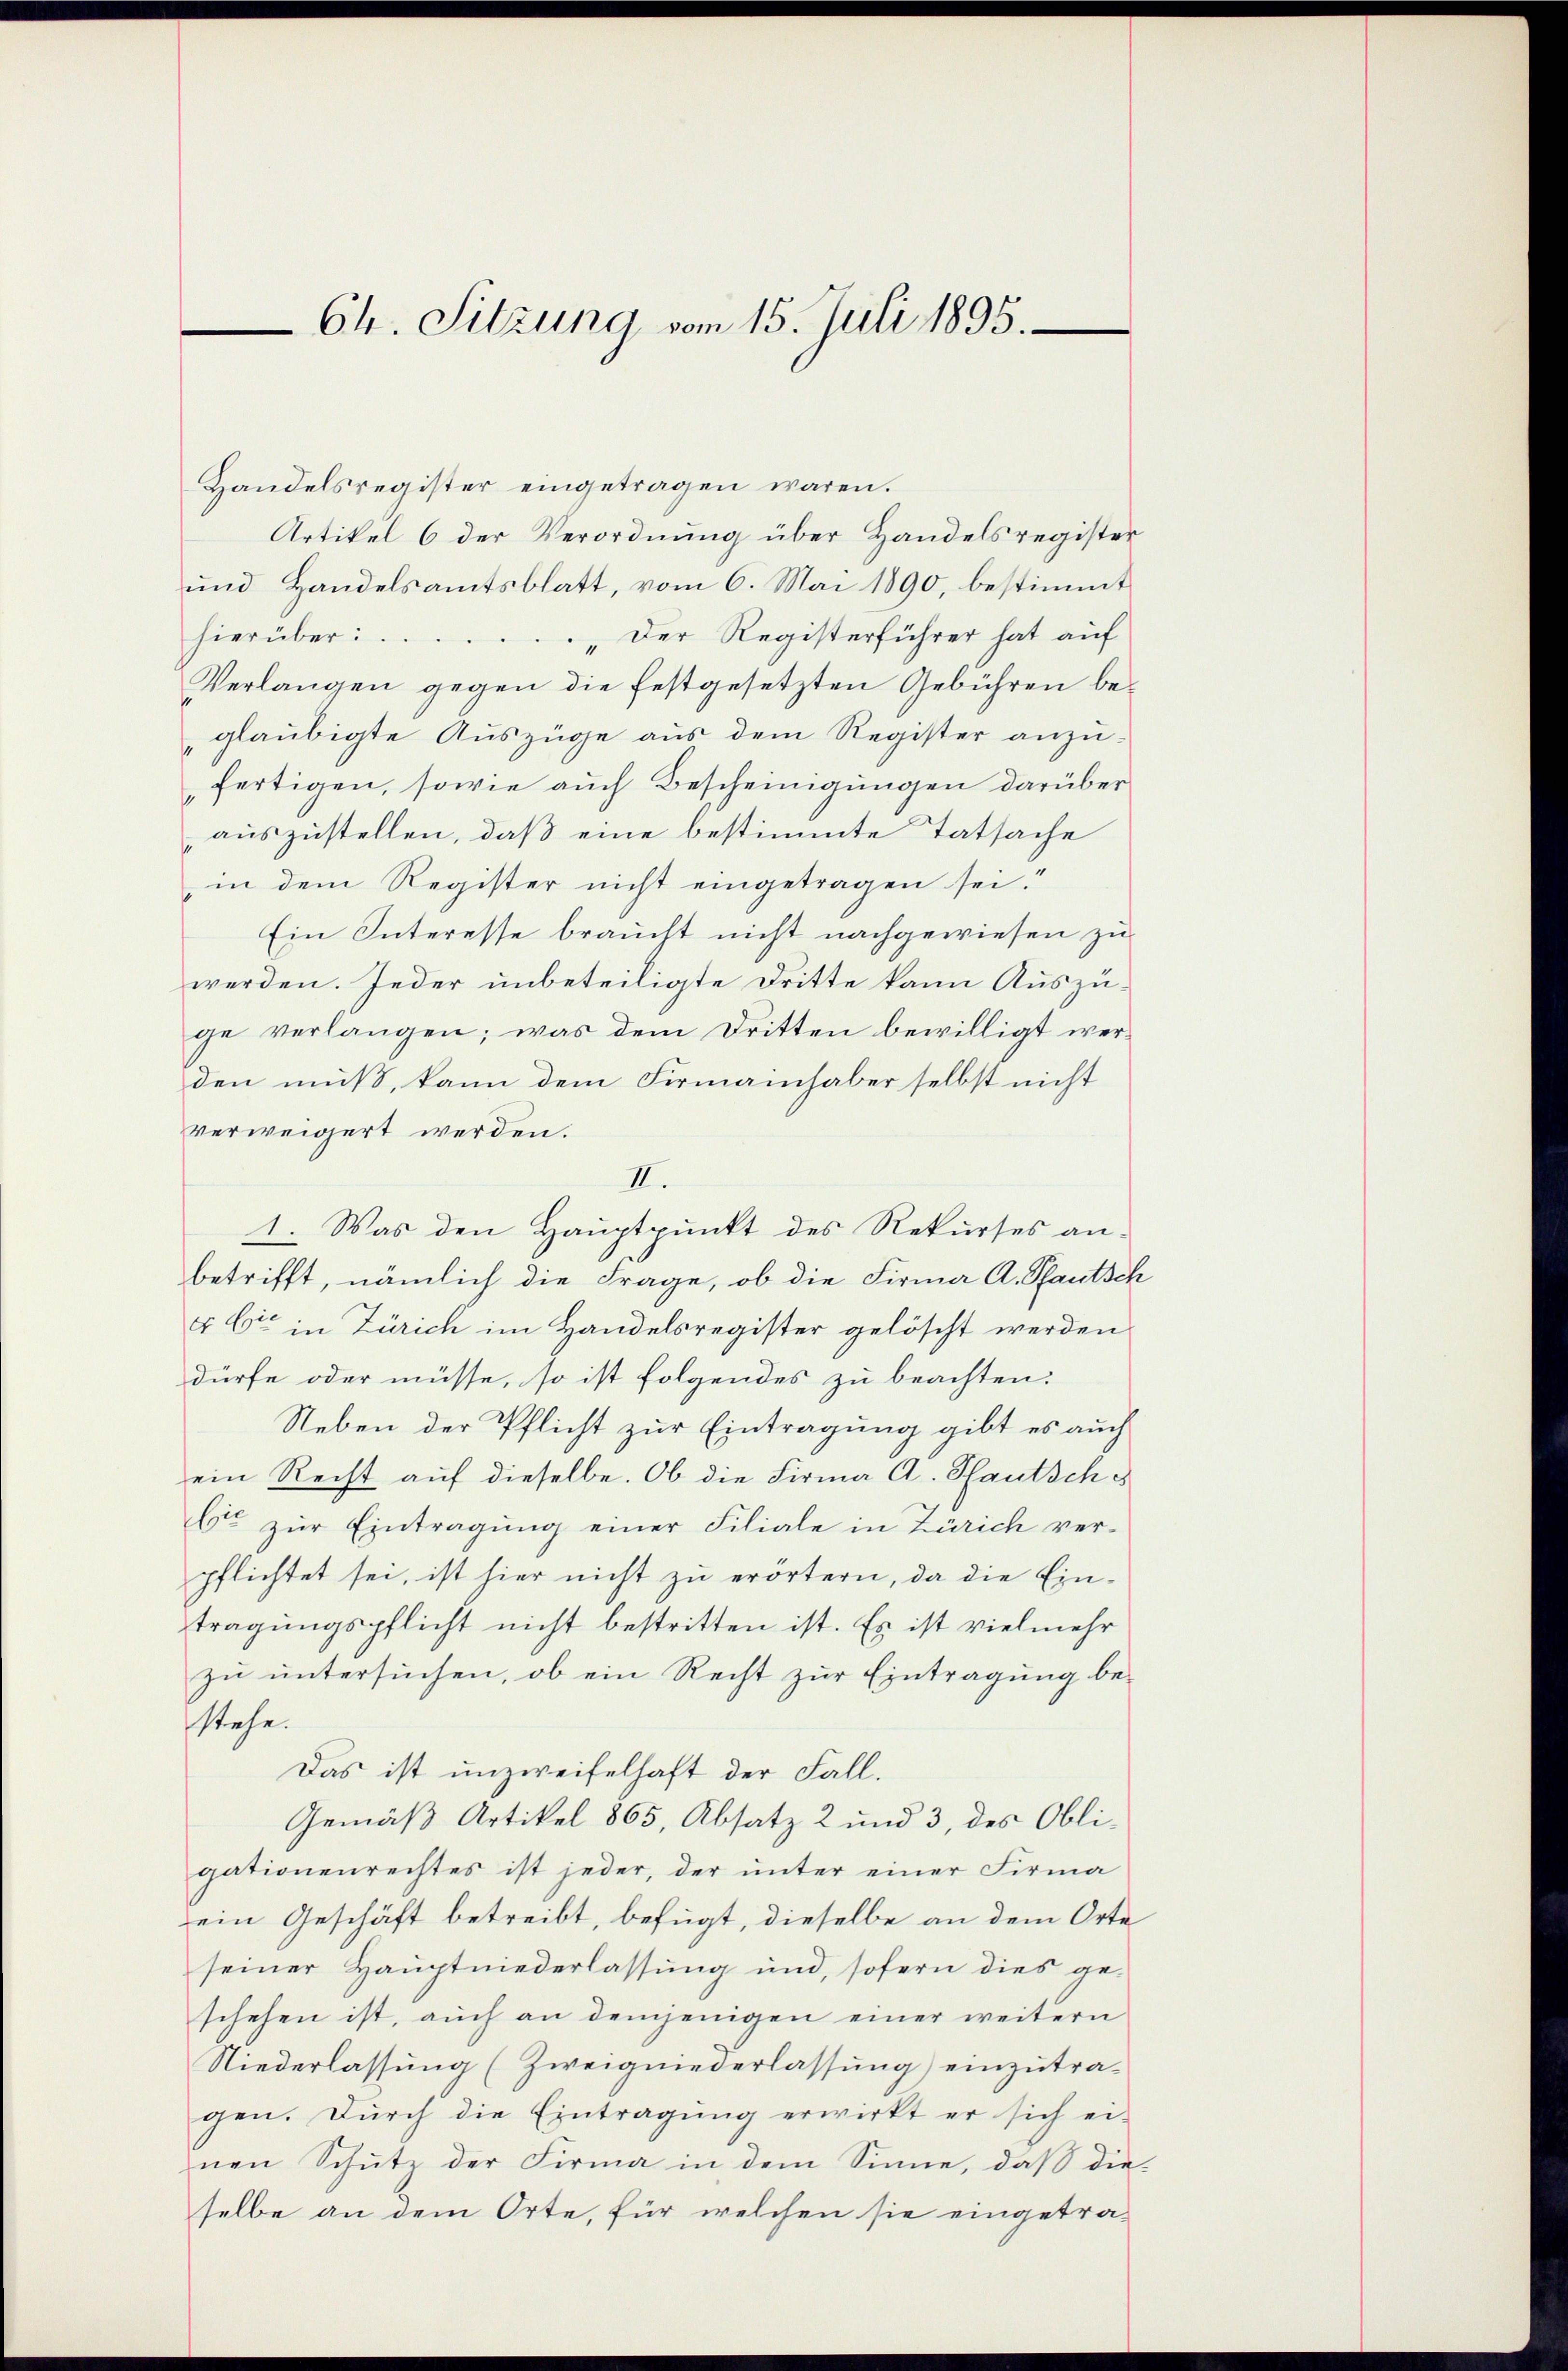
Ch. Sitzung vom 15. Juli 1895.

Handelsregister eingetragen waren.
Artikel 6 der Verordnung über Handelsregister
und Handelsamtsblatt, vom 6. Mai 1890, bestimmt
hierüber
„Der Registerführer hat auf
Verlangen gegen die festgesetzten Gebühren beglaubigte Auszüge aus dem Register anzŭ-
fertigen, sowie auch Bescheinigungen darüber
auszustellen, daß eine bestimmte Tatsache
in dem Register nicht eingetragen sei.
Ein Interesse braucht nicht nachgewiesen zu
werden. Jeder unbeteiligte Dritte kann Auszuge verlangen; was dem Dritten bewilligt werden muß, kann dem Firmainhaber selbst nicht
verweigert werden.
II.
1. Was den Hauptpunkt des Rekurses anbetrifft, nämlich die Frage, ob die Firma A. Pfautsch
& Cie in Zürich im Handelsregister gelöscht werden
dürfe oder müsse, so ist folgendes zu beachten:
Neben der Pflicht zur Eintragung gibt es auch
ein Recht auf dieselbe. Ob die Firma A. Pfautsche
bis zŭr Eintragung einer Filiale in Zürich verpflichtet sei, ist hier nicht zu erörtern, da die Eintragungspflicht nicht bestritten ist. Es ist vielmehr
zu untersuchen, ob ein Recht zur Eintragung bestehe.
Das ist unzweifelhaft der Fall.
Gemäß Artikel 865, Absatz 2 und 3, des Obligationenrechtes ist jeder, der unter einer Firma
ein Geschäft betreibt, befügt, dieselbe an dem Orte
seiner Hauptniederlassung und, sofern dies geschehen ist, auch an demjenigen einer weitern
Niederlassung (Zweigniederlassung) einzutragen. Durch die Eintragŭng erwirkt er sich ei-
nen Schŭtz der Firma in dem Sinne, daβ die-
selbe an dem Orte, für welchen sie eingetra-